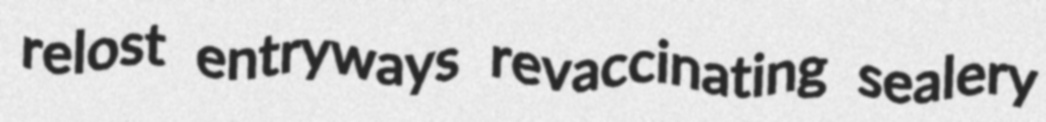
relost entryways revaccinating sealery